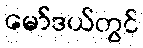
မော်ဒယ်တွင်